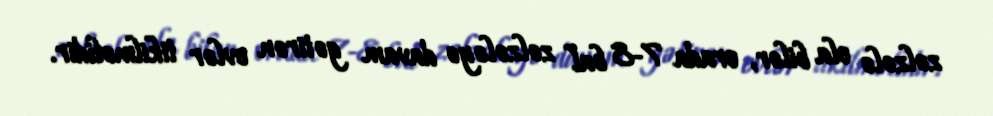
zəlzələ ola bilər, orada 7-8 bal zəlzələyə davam gətirən evlər tikilməlidir.